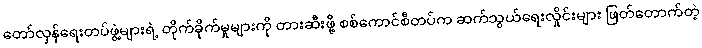
တော်လှန်ရေးတပ်ဖွဲ့များရဲ့ တိုက်ခိုက်မှုများကို တားဆီးဖို့ စစ်ကောင်စီတပ်က ဆက်သွယ်ရေးလှိုင်းများ ဖြတ်တောက်တဲ့